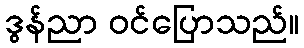
ဒွန်ညာ ဝင်ပြောသည်။